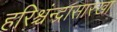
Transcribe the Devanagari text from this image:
हरिश्चंन्द्रासारखा